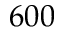
6 0 0